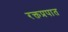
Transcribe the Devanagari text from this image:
रक्तप्रपात